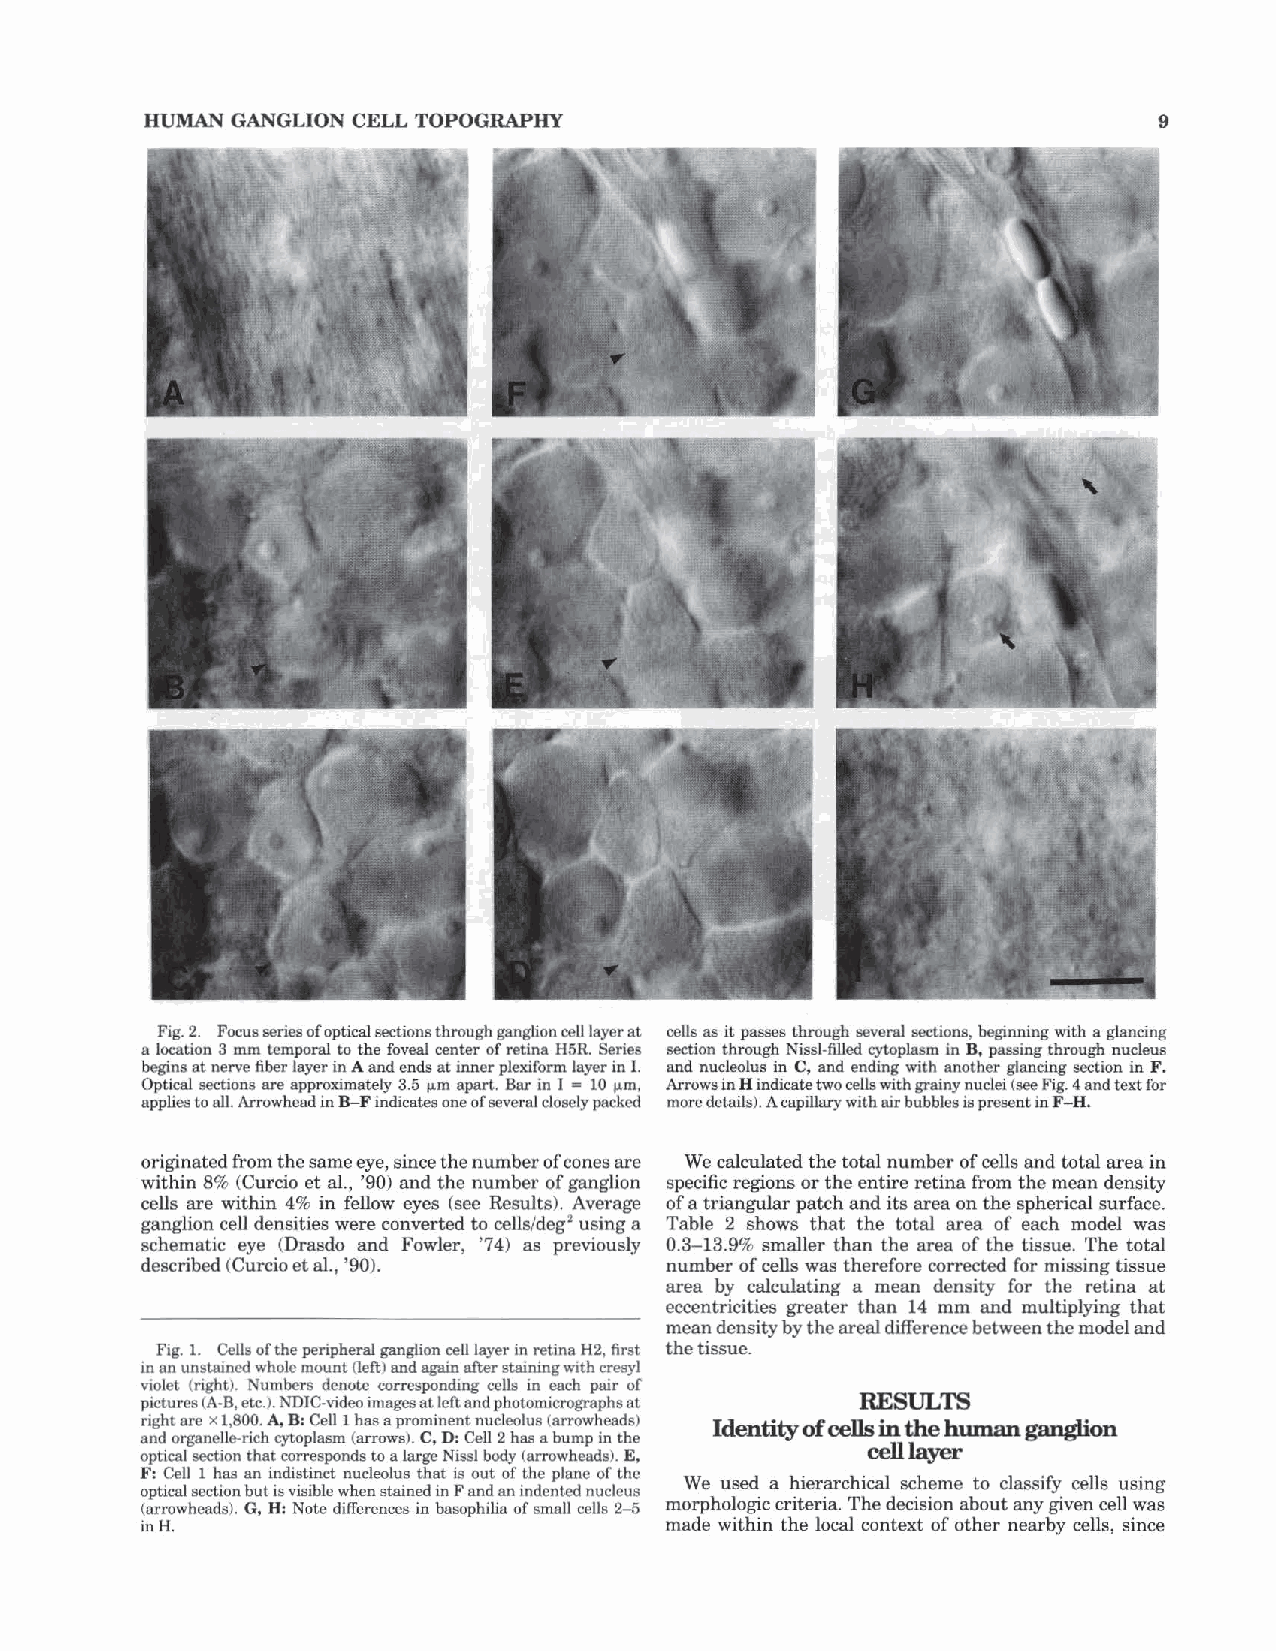
HUMAN GANGLION CELL TOPOGRAPHY                                     9
 Fig. 2. Focus series of optical sections through ganglion cell layer at cells as it passes through several sections, beginning with a glancing
 a location 3 mm temporal to the foveal center of retina H5R. Series section through Nissl-filled cytoplasm in B, passing through nucleus
 begins at nerve fiber layer in A and ends at inner plexiform layer in I. and nucleolus in C, and ending with another glancing section in F.
 Optical sections are approximately 3.5 11m apart. Bar in I = 10 IJ.m, Arrows in H indicate two cells with grainy nuclei (see Fig. 4 and text for
 applies to all. Arrowhead in B-F indicates one of several closely packed more details). A capillary with air bubbles is present in F -H.
 originated from the same eye, since the number of cones are We calculated the total number of cells and total area in
 within 8% (Curcio et al., '90) and the number of ganglion specific regions or the entire retina from the mean density
 cells are within 4% in fellow eyes (see Results). Average of a triangular patch and its area on the spherical surface.
 ganglion cell densities were converted to cells/deg2 using a Table 2 shows that the total area of each model was
 schematic eye (Drasdo and Fowler, '74) as previously 0.3-13.9% smaller than the area of the tissue. The total
 described (Curcio et al., '90).    number of cells was therefore corrected for missing tissue
 area by calculating a mean density for the retina at
 eccentricities greater than 14 mm and multiplying that
 mean density by the areal difference between the model and
 Fig. 1. Cells of the peripheral ganglion cell layer in retina H2, first the tissue.
 in an unstained whole mount (left) and again after staining with cresyl
 violet (right). Numbers denote corresponding cells in each pair of
 pictures (A-B, etc.). NDIC-video images at left and photomicrographs at RESULTS
 right are x 1,800. A, B: Cell 1 has a prominent nucleolus (arrowheads) Identity ofc ells in the human ganglion
 and organelle-rich cytoplasm (arrows). C, D: Cell 2 has a bump in the
 cell layer
 optical section that corresponds to a large Nissl body (arrowheads). E,
 F: Cell 1 has an indistinct nucleolus that is out of the plane of the
 We used a hierarchical scheme to classify cells using
 optical section but is visible when stained in F and an indented nucleus
 (arrowheads). G, H: Note differences in basophilia of small cells 2-5 morphologic criteria. The decision about any given cell was
 in H.                              made within the local context of other nearby cells, since